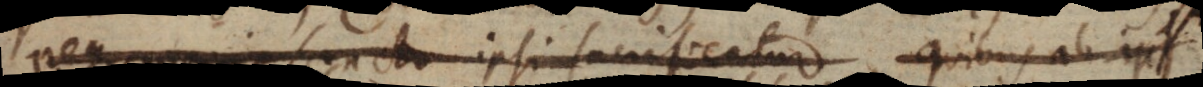
magis sancto ipsi sacrificatur, quibus ab ips